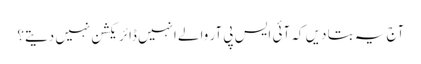
آج یہ بتا دیں کہ آئی ایس پی آر والے انہیں ڈائریکشن نہیں دیتے؟